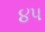
૪પ